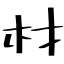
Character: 材